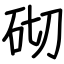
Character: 砌